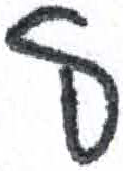
אות: ל